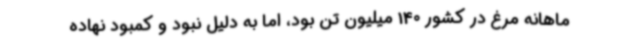
ماهانه مرغ در کشور 140 میلیون تن بود، اما به دلیل نبود و کمبود نهاده